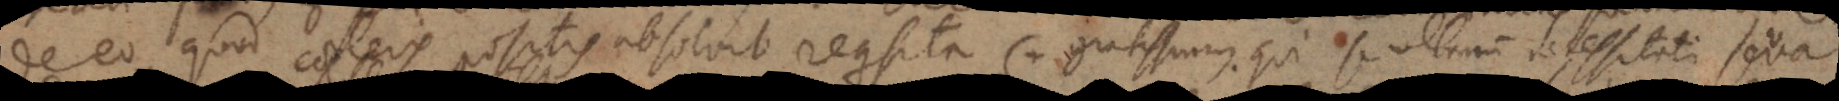
de eo quod caeteris positis absolvit requisita (+ gratissimus qui se ultimum necessitati